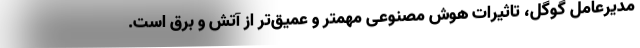
مدیرعامل گوگل، تاثیرات هوش مصنوعی مهمتر و عمیق‌تر از آتش و برق است.